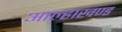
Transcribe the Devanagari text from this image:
आल्हाखण्ड